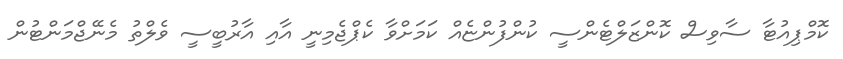
ކޮމްޕިއުޓާ ސާވިސް ކޮންޒަލްޓެންސީ ކުންފުންޏެއް ކަމަށްވާ ކެޕްޖެމިނީ އާއި އާރުބީސީ ވެލްތު މެނޭޖްމަންޓުން